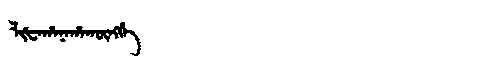
Manchu: ᠯᡳᡶᠠᡥᠠᠨᠠᡥᠠᡴᡡᠩᡤᡝ
Romanization: LIFAHANAHAKŪNGGE